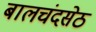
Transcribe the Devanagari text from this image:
बालचंदसेठ